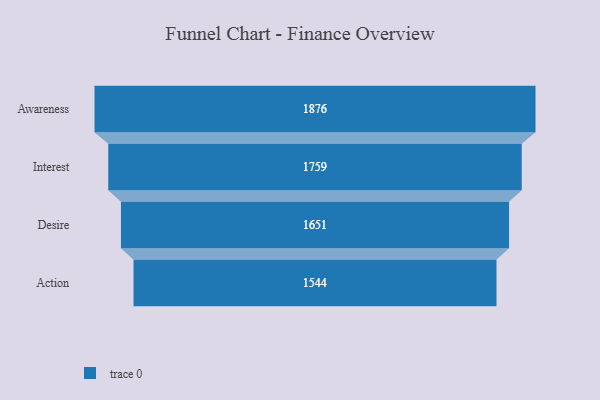
{"axis": {"x": "Stage", "y": "Value"}, "legend": [""], "data": [{"x": "Awareness", "y": 1876.0, "type": ""}, {"x": "Interest", "y": 1759.0, "type": ""}, {"x": "Desire", "y": 1651.0, "type": ""}, {"x": "Action", "y": 1544.0, "type": ""}]}